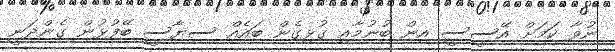
ނުވާ ކަމަށް އޭސީސީ އިން ބުނުމާއި ގުޅިގެން ބައެއް ސިޔާސީ ބޭފުޅުން ގެންދަނީ